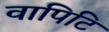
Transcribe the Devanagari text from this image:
वापिटि